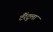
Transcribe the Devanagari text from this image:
टॅरेंटुला